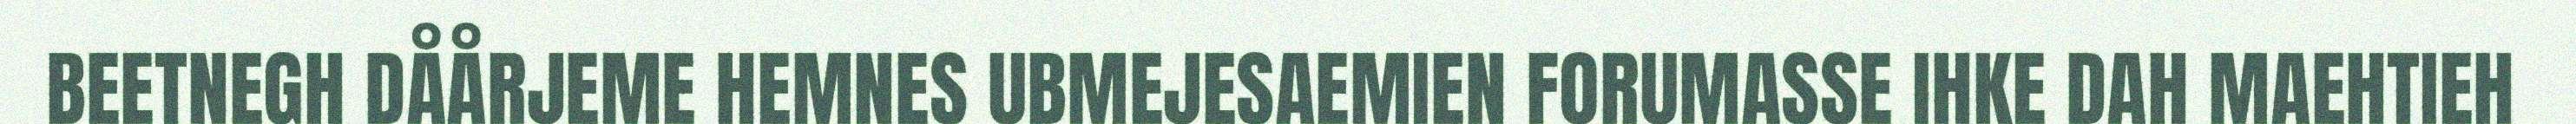
BEETNEGH DÅÅRJEME HEMNES UBMEJESAEMIEN FORUMASSE IHKE DAH MAEHTIEH